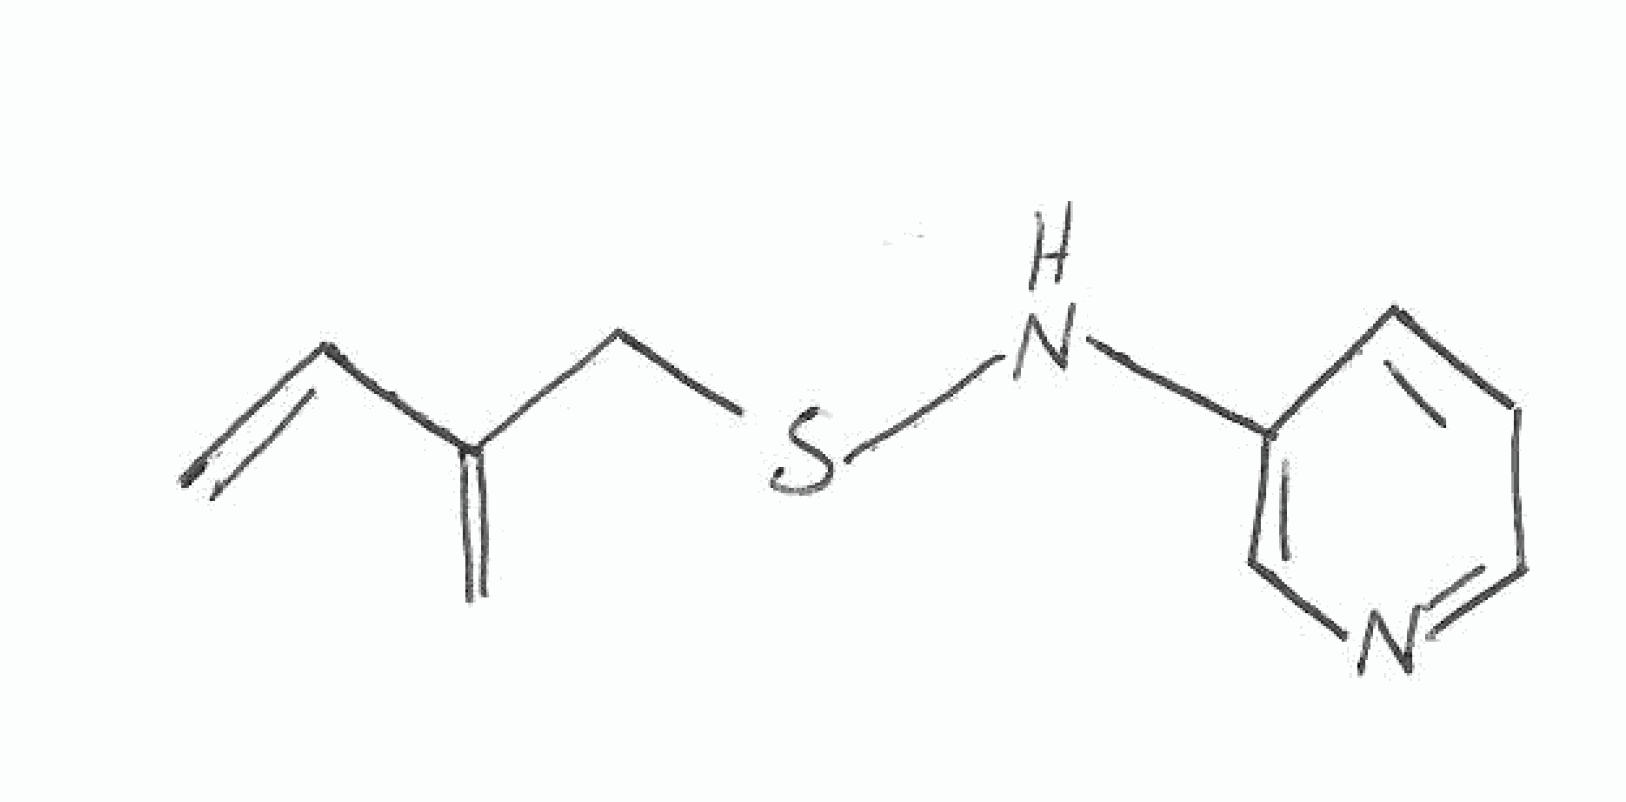
Simplified molecular-input line-entry system (SMILES) notation of the given molecule:
C=CC(=C)CSNC1=CN=CC=C1